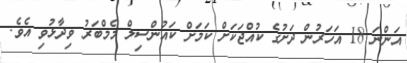
އަންނަ 18 އަހަރުން ދަށުގެ ކުއްޖަކަށް ކަމަށް ކައުންސިލް މެމްބަރު ވިދާޅުވި އެވެ.